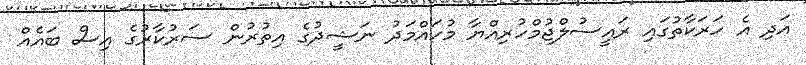
އަދި އެ ހަރަކާތުގައި ރައީސުލްޖުމްހުރިއްޔާ މުހައްމަދު ނަޝީދުގެ އިތުރުން ސަރުކާރުގެ އިސް ބައެއް